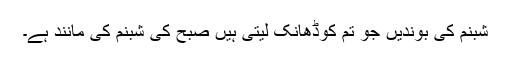
شبنم کی بوندیں جو تم کوڈھانک لیتی ہیں صبح کی شبنم کی مانند ہے۔